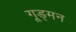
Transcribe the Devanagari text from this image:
गूड्मन